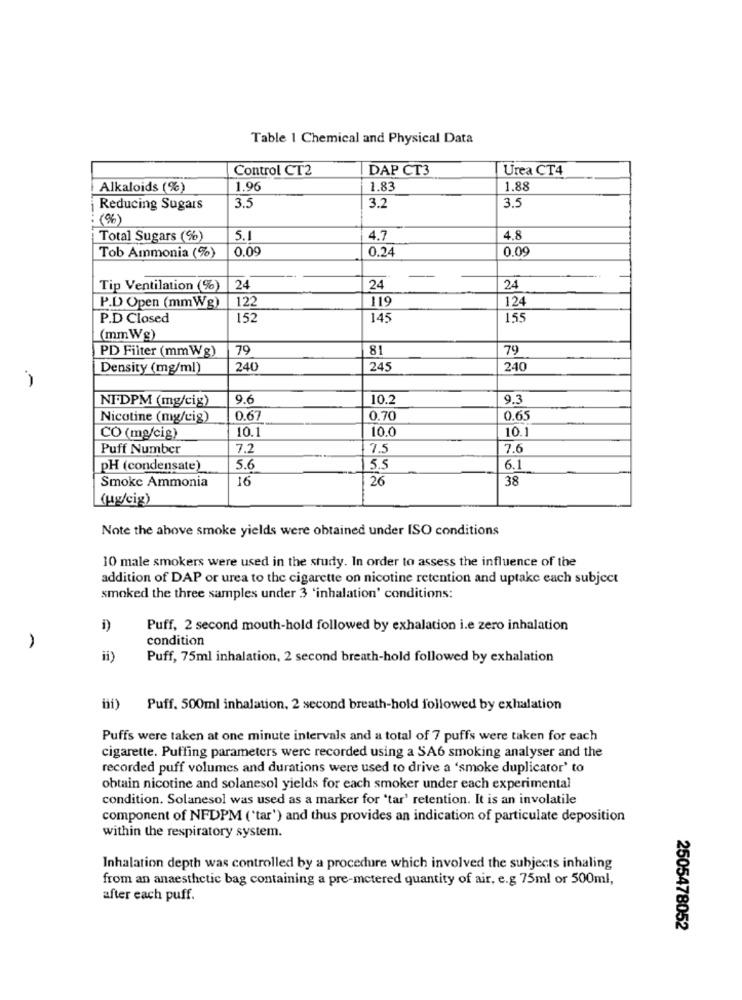
Table 1 Chemical and Physical Data
Control CT2
DAP CT3
Urea CT4
Alkaloids (%)
1.96
1.83
1.88
3.5
¡ Reducing Sugars
3.5
3.2
: (%)
Total Sugars (%)
4.7
4.8
0.09
0.24
0.00
Tob Ammonia (%)
Tip Ventilation (%)
24
24
24
122
119
124
P.D Open (mmWg)
P.D Closed
152
145
155
(mmWg)
PD Filter (mmWg)
79
81
79
Density (mg/ml)
240
245
240
-
9.6
10.2
9.3
NI.DPM (mg/cig)
Nicotine (mg/cig)
0.67
0.70
0.65
10.1
10.0
10.1
CO (mg/cig)
Puff Number
7.2
7.5
7.6
PH (condensate)
56
5.5
6.1
16
26
38
Smoke Ammonia
(ug/cig)
Note the above smoke yields were obtained under ISO conditions
10 male smokers were used in the study. In order to assess the influence of the
addition of DAP or urea to the cigarette on nicotine retention and uptake each subject
smoked the three samples under 3 'inhalation' conditions:
i)
Puff, 2 second mouth-hold followed by exhalation i.e zero inhalation
condition
ii)
Puff, 75ml inhalation, 2 second breath-hold followed by exhalation
Puff. 500ml inhalation, 2 second breath-hold followed by exhalation
Puffs were taken at one minute intervals and a total of 7 puffs were taken for each
cigarette. Puffing parameters were recorded using a SA6 smoking analyser and the
recorded puff volumes and durations were used to drive a 'smoke duplicator' to
obtain nicotine and solanesol yields for each smoker under each experimental
condition. Solanesol was used as a marker for 'tar' retention. It is an involatile
component of NFDPM ('tar') and thus provides an indication of particulate deposition
within the respiratory system.
Inhalation depth was controlled by a procedure which involved the subjects inhaling
from an anaesthetic bag containing a pre-metered quantity of air, e.g 75ml or 500ml,
after each puff.
2505478052